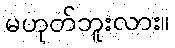
မဟုတ်ဘူးလား။